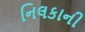
નિલકાની